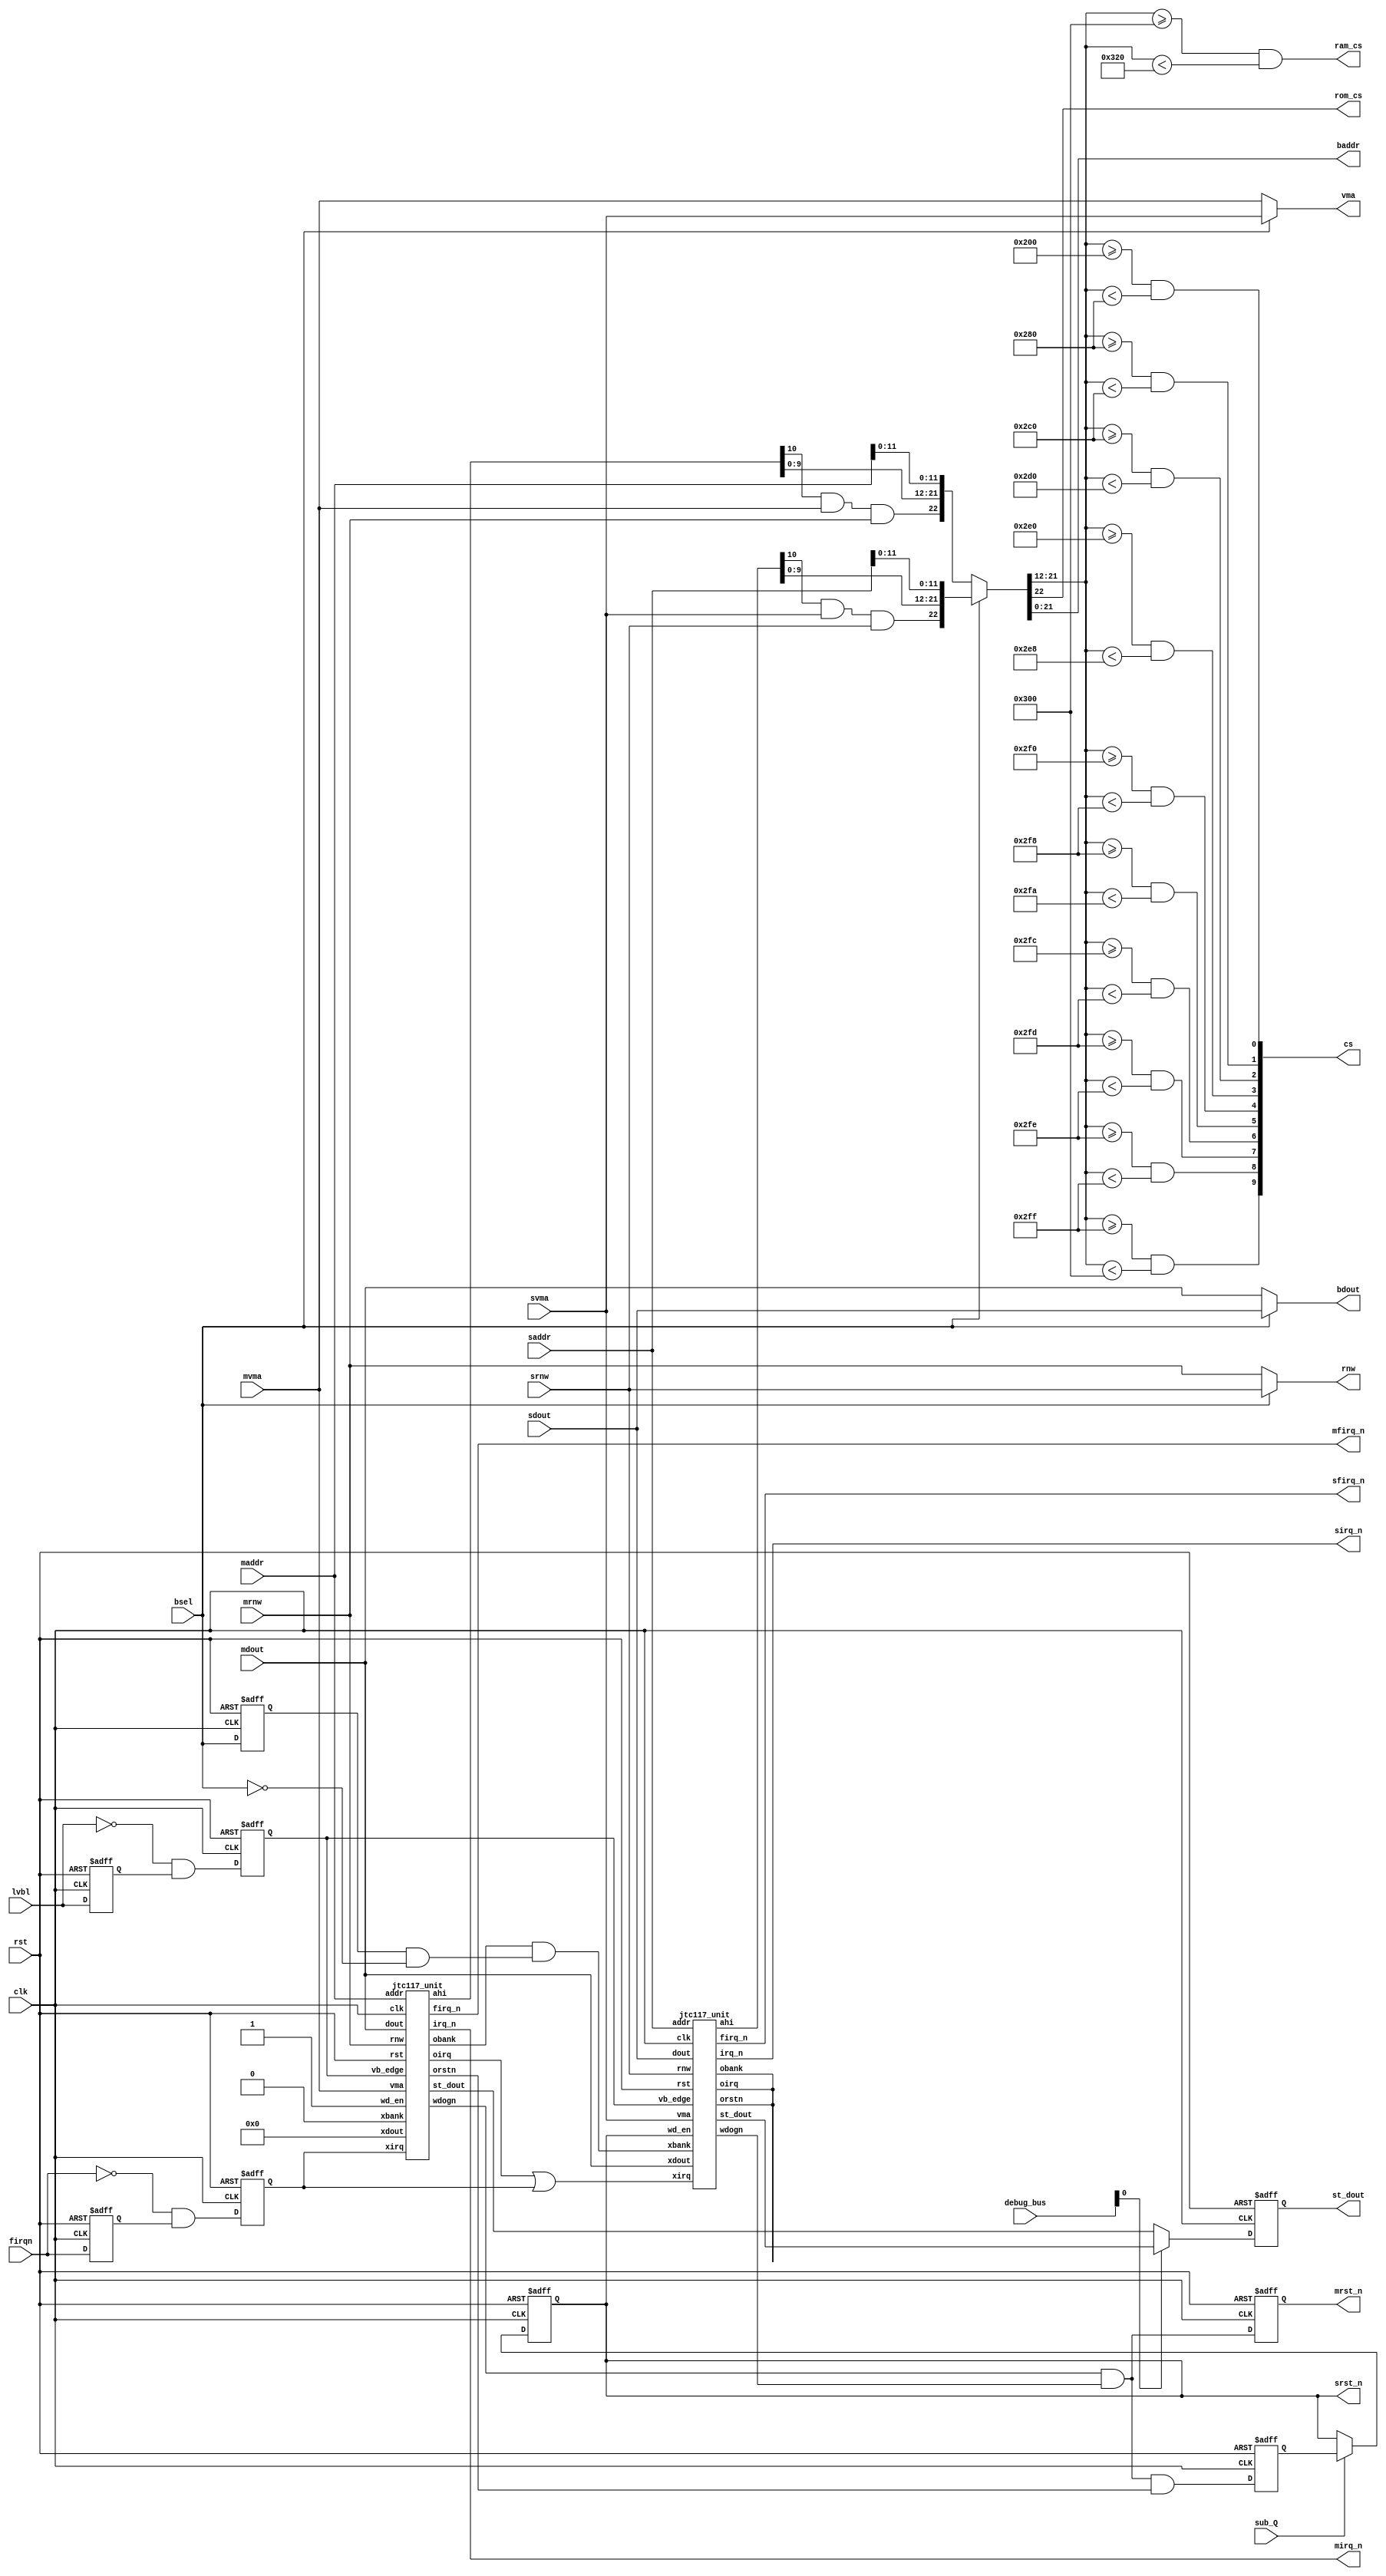
// This program was cloned from: https://github.com/jotego/jtcores
// License: GNU General Public License v3.0

/*  This file is part of JTCORES.
    JTCORES program is free software: you can redistribute it and/or modify
    it under the terms of the GNU General Public License as published by
    the Free Software Foundation, either version 3 of the License, or
    (at your option) any later version.

    JTCORES program is distributed in the hope that it will be useful,
    but WITHOUT ANY WARRANTY; without even the implied warranty of
    MERCHANTABILITY or FITNESS FOR A PARTICULAR PURPOSE.  See the
    GNU General Public License for more details.

    You should have received a copy of the GNU General Public License
    along with JTCORES.  If not, see <http://www.gnu.org/licenses/>.

    Author: Jose Tejada Gomez. Twitter: @topapate
    Version: 1.0
    Date: 19-9-2023 */

// Implementation of Namco's CUS117 - Memory Mapper for two CPUs
// Based on MAME's c117 information and Atari's schematics


module jtc117(
    input               rst,
    input               clk,     // original runs at 6MHz (4x CPU)
    input               bsel,    // bus selection, 0=master, 1=sub, 1.5MHz
    input               sub_Q,
    // interrupt triggers
    input               lvbl,
    input               firqn,   // input that will trigger both FIRQ outputs

    // Master
    input        [15:0] maddr,  // not all bits are used, but easier to connect as a whole
    input        [ 7:0] mdout,
    input               mrnw,
    input               mvma,
    output              mirq_n,
    output              mfirq_n,
    output reg          mrst_n,

    // Sub
    input        [15:0] saddr,
    input        [ 7:0] sdout,
    input               srnw,
    input               svma,
    output              sirq_n,
    output              sfirq_n,
    output reg          srst_n,

    output       [ 9:0] cs,
    output              rom_cs,
    output              ram_cs,
    output              rnw,
    output              vma,
    output       [21:0] baddr,
    output       [ 7:0] bdout,
    // Debug
    input        [ 7:0] debug_bus,
    output reg   [ 7:0] st_dout
);
    reg          vb_edge, lvbl_l, fedge, firqn_l, bsel_l, prstn;
    wire         xirq, srrqn, wdogn, mwdn, swdn, xbank, bsel_negedge;
    wire [22:12] mahi, sahi;
    wire [ 7: 0] mst_dout, sst_dout;

    function range( input [21:12] s, e );
        range = baddr[21:12]>=s && baddr[21:12]<e;
    endfunction

    assign { rom_cs, baddr } = bsel ? { sahi[22]&svma&srnw, sahi[21:12], saddr[11:0] } :
                                      { mahi[22]&mvma&mrnw, mahi[21:12], maddr[11:0] };
    assign vma    = bsel ? svma : mvma;
    assign bdout  = bsel ? sdout : mdout;
    assign cs[0]  = range(10'h200,10'h280); // made-up number
    assign cs[1]  = range(10'h280,10'h2C0); // made-up number
    assign cs[2]  = range(10'h2C0,10'h2D0); // 3D,     acc. to MAME
    assign cs[3]  = range(10'h2E0,10'h2E8); // COL,    acc. to MAME
    assign cs[4]  = range(10'h2F0,10'h2F8); // CHAR,   acc. to MAME
    assign cs[5]  = range(10'h2F8,10'h2FA); // KEY,    acc. to MAME
    assign cs[6]  = range(10'h2FC,10'h2FD); // OBJ,    acc. to MAME
    assign cs[7]  = range(10'h2FD,10'h2FE); // SCRDT,  acc. to MAME
    assign cs[8]  = range(10'h2FE,10'h2FF); // SOUND,  acc. to MAME
    assign cs[9]  = range(10'h2FF,10'h300); // TRIRAM, acc. to MAME
    assign ram_cs = range(10'h300,10'h320); // RAM, 32 or 128kB on board. MAME uses 32kB
    assign rnw    = bsel ? srnw : mrnw;
    assign wdogn  = mwdn & swdn;
    assign bsel_negedge = bsel_l & ~bsel;

    always @(posedge clk, posedge rst) begin
        if( rst ) begin
            mrst_n <= 0;
            prstn  <= 0;    // pre reset n
            srst_n <= 0;
            bsel_l <= 0;
            st_dout <= 0;
        end else begin
            bsel_l <= bsel;
            mrst_n <= wdogn;
            prstn  <= wdogn & srrqn;
            if( sub_Q ) srst_n <= prstn;    // always toggle it here
            st_dout <= debug_bus[0] ? sst_dout : mst_dout;
        end
    end

    always @(posedge clk, posedge rst) begin
        if( rst ) begin
            lvbl_l  <= 0;
            firqn_l <= 0;
            vb_edge <= 0;
            fedge   <= 0;
        end else begin
            lvbl_l  <= lvbl;
            firqn_l <= firqn;
            vb_edge <= !lvbl && lvbl_l;
            fedge   <= !firqn && firqn_l;
        end
    end

    jtc117_unit u_main(
        .rst        ( rst       ),
        .clk        ( clk       ),

        .vb_edge    ( vb_edge   ),
        .wdogn      ( mwdn      ),
        .wd_en      ( 1'b1      ),

        .addr       ( maddr     ),
        .dout       ( mdout     ),
        .rnw        ( mrnw      ),
        .vma        ( mvma      ),

        .xbank      ( 1'b0      ),
        .xdout      ( 8'd0      ),

        .xirq       ( fedge     ),
        .oirq       ( xirq      ),
        .obank      ( xbank     ),

        .orstn      ( srrqn     ), // sub reset request
        .irq_n      ( mirq_n    ),
        .firq_n     ( mfirq_n   ),
        .ahi        ( mahi      ),
        .st_dout    ( mst_dout  )
    );

    jtc117_unit u_sub(
        .rst        ( rst       ),
        .clk        ( clk       ),

        .vb_edge    ( vb_edge   ),
        .wdogn      ( swdn      ),
        .wd_en      ( srst_n    ),

        .addr       ( saddr     ),
        .dout       ( sdout     ),
        .rnw        ( srnw      ),
        .vma        ( svma      ),

        .xbank      ( xbank & bsel_negedge ),
        .xdout      ( mdout     ),

        .xirq       ( xirq|fedge),
        .oirq       (           ),
        .obank      (           ),

        .orstn      (           ), // the sub CPU can probably reset the master too
        .irq_n      ( sirq_n    ),
        .firq_n     ( sfirq_n   ),
        .ahi        ( sahi      ),
        .st_dout    ( sst_dout  )
    );
endmodule

//////////////////////////////////////////////////////////////////////
module jtc117_unit(
    input               rst,
    input               clk,

    input               vb_edge,
    input               wd_en,

    input        [15:0] addr,  // not all bits are used, but easier to connect as a whole
    input        [ 7:0] dout,
    input               rnw,
    input               vma,

    // bank 7 can be set by the other CPU
    input               xbank,
    input        [ 7:0] xdout,

    input               xirq,
    output reg          oirq,
    output reg          obank,

    output reg          orstn, // rst to other logic
    output reg          wdogn, // rst from watchdog
    output reg          irq_n,
    output reg          firq_n,
    output      [22:12] ahi,   // address high bits
    output      [  7:0] st_dout
);
    parameter WDW=7; // watchdog bit width

    reg  [22:13] banks[0:7];
    wire [  3:0] rsel;
    wire         mmr_cs;
    wire [ 2: 0] idx;
    reg [WDW-1:0]wdog_cnt;

    assign idx    = addr[15:13];
    assign rsel   = addr[12: 9];
    assign mmr_cs = &{idx, vma, ~rnw};
    assign ahi    = { banks[idx], addr[12] };
    assign st_dout= { {8-WDW{1'b0}}, wdog_cnt};
`ifdef SIMULATION
    wire rst_sel = mmr_cs && rsel==8;
`endif

    reg pre_o;

    always @(posedge clk) begin
        if( rst | !wdogn ) begin
            orstn  <= 0;
            firq_n <= 1;
            oirq   <= 0;
            // not all defaults values have been verified
            // they all point to RAM except bank 7, pointing to the last ROM
            banks[0] <= 10'h180; banks[1] <= 10'h180;
            banks[2] <= 10'h180; banks[3] <= 10'h180;
            banks[4] <= 10'h180; banks[5] <= 10'h180;
            banks[6] <= 10'h180; banks[7] <= 10'h3FF;
            wdog_cnt <= 0;
            pre_o    <= 0;
            if (vb_edge) wdogn    <= 1;
        end else begin
            oirq  <= 0;
            obank <= 0;
            wdogn <= ~&wdog_cnt;
            if( xirq    ) firq_n <= 0;
            if( vb_edge ) begin
                irq_n <= 0;
                wdog_cnt <= wd_en ? wdog_cnt + 1'd1 : {WDW{1'b0}};
                if( pre_o ) orstn <= 1;
                pre_o <= 0;
            end
            if( xbank ) banks[7][22:13] = { 2'b11, xdout };
            if( mmr_cs ) begin
                casez( rsel )
                    4'b0???: begin
                        if( !addr[0] )
                            banks[addr[11:9]][22:21] = dout[1:0];
                        else
                            banks[addr[11:9]][20:13] = dout;
                    end
                    8: begin
                        if( !dout[0] )
                            orstn <= 0;
                        else
                            pre_o <= 1; // delaying the reset release until VB ensures consistent boot up
                        // orstn <= dout[0];
                    end
                    9: wdog_cnt <= 0;
                    // 10: ?
                    11: irq_n  <= 1;
                    12: firq_n <= 1;
                    13: oirq   <= 1;
                    14: obank  <= 1;
                endcase
            end
        end
    end
endmodule